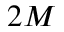
2 M